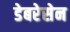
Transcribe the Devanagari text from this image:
डेबरेसेन